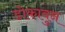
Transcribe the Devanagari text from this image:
डोकावुन